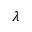
\boldsymbol { \lambda }